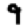
Digit: 9